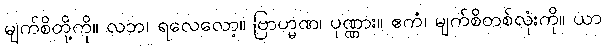
မျက်စိတို့ကို။ လဘ၊ ရလေလော့။ ဗြာဟ္မဏ၊ ပုဏ္ဏား။ ဧကံ၊ မျက်စိတစ်လုံးကို။ ယာ